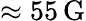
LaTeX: \approx 55\, \mathrm{G}